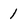
Character: 1